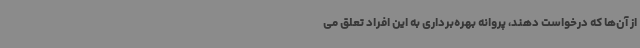
از آن‌ها که درخواست دهند، پروانه بهره‌برداری به این افراد تعلق می